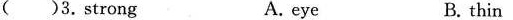
( )3.strong A. eye B. thin